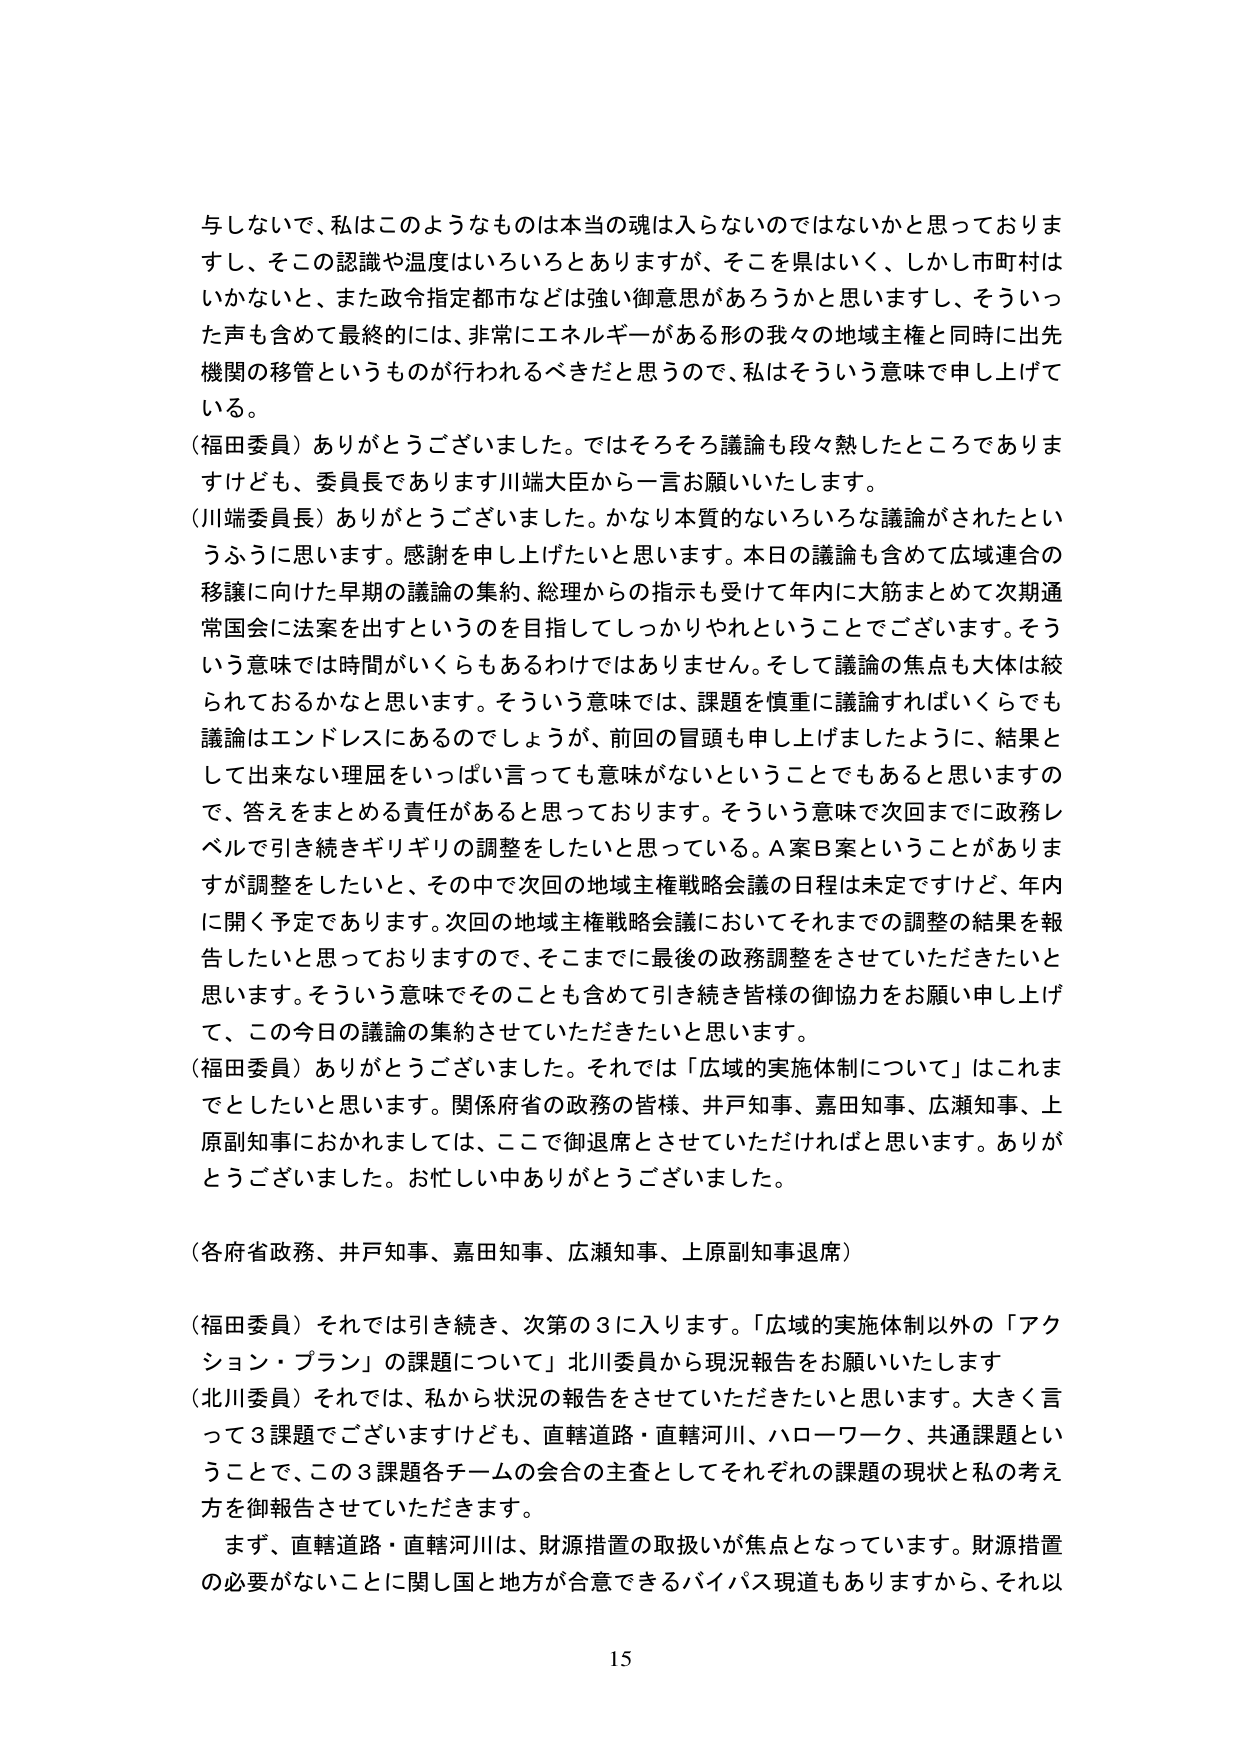
与しないで、私はこのようなものは本当の魂は入らないのではないかと思っておりますし、そこの認識や温度はいろいろとありますが、そこを県はいく、しかし市町村はいかないと、また政令指定都市などは強い御意思があろうかと思いますし、そういった声も含めて最終的には、非常にエネルギーがある形の我々の地域主権と同時に出先機関の移管というものが行われるべきだと思うので、私はそういう意味で申し上げている。

（福田委員）ありがとうございました。ではそろそろ議論も段々熟したところでありますけども、委員長であります川端大臣から一言お願いいたします。

（川端委員長）ありがとうございました。かなり本質的ないろいろな議論がされたというふうに思います。感謝を申し上げたいと思います。本日の議論も含めて広域連合の移譲に向けた早期の議論の集約、総理からの指示も受けて年内に大筋まとめて次期通常国会に法案を出すというのを目指してしっかりやれということでございます。そういう意味では時間がいくらもあるわけではありません。そして議論の焦点も大体は絞られておるかなと思います。そういう意味では、課題を慎重に議論すればいくらでも議論はエンドレスにあるのでしょうが、前回の冒頭も申し上げましたように、結果として出来ない理屈をいっぱい言っても意味がないということでもあると思いますので、答えをまとめる責任があると思っております。そういう意味で次回までに政務レベルで引き続きギリギリの調整をしたいと思っている。Ａ案Ｂ案ということがありますが調整をしたいと、その中で次回の地域主権戦略会議の日程は未定ですけど、年内に開く予定であります。次回の地域主権戦略会議においてそれまでの調整の結果を報告したいと思っておりますので、そこまでに最後の政務調整をさせていただきたいと思います。そういう意味でそのことも含めて引き続き皆様の御協力をお願い申し上げて、この今日の議論の集約させていただきたいと思います。

（福田委員）ありがとうございました。それでは「広域の実施体制について」はこれまですとしたいと思います。関係府省の政務の皆様、井戸知事、嘉田知事、広瀬知事、上原副知事におかれましては、ここで御退席とさせていただければと思います。ありがとうございました。お忙しい中ありがとうございました。

（各府省政務、井戸知事、嘉田知事、広瀬知事、上原副知事退席）

（福田委員）それでは引き続き、次第の３に入ります。「広域の実施体制以外の「アクション・プラン」の課題について」北川委員から現況報告をお願いいたします

（北川委員）それでは、私から状況の報告をさせていただきたいと思います。大きく言って３課題でございますけども、直轄道路・直轄河川、ハローワーク、共通課題ということで、この３課題各チームの会合の主査としてそれぞれの課題の現状と私の考え方を御報告させていただきます。

まず、直轄道路・直轄河川は、財源措置の取扱いが焦点となっています。財源措置の必要がないことに関して国と地方が合意できるバイパス現道もありますから、それ以

15